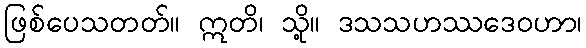
ဖြစ်ပေသတတ်။ ဣတိ၊ သို့။ ဒသသဟဿဒေဝဟာ၊